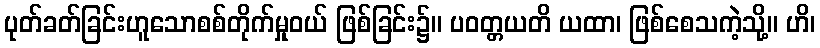
ပုတ်ခတ်ခြင်းဟူသောစစ်တိုက်မှုဝယ် ဖြစ်ခြင်း၌။ ပဝတ္တယတိ ယထာ၊ ဖြစ်စေသကဲ့သို့။ ဟိ၊